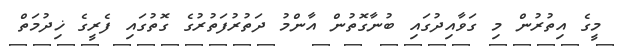
މީގެ އިތުރުން މި ގަވާއިދުގައި ބުނާގޮތުން އާންމު ދަތުރުފަތުރުގެ ގޮތުގައި ފެރީގެ ޚިދުމަތް